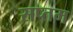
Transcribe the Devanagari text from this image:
सप्‍तम